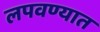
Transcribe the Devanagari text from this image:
लपवण्यात